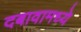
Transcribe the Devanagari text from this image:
दबावामध्ये